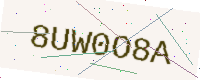
Text: 8UW0O8A